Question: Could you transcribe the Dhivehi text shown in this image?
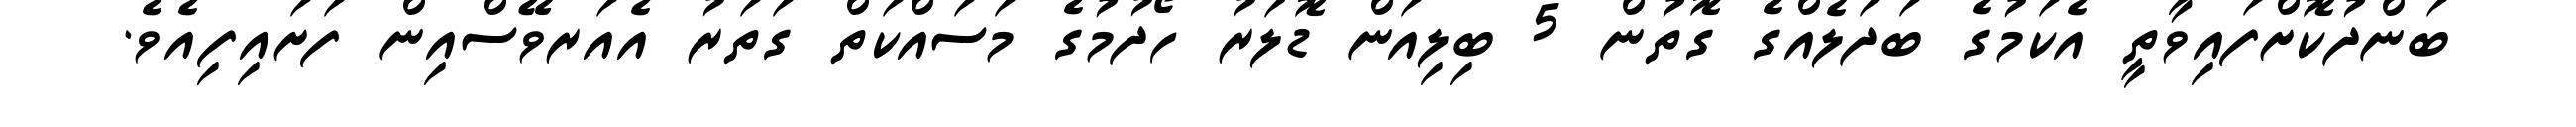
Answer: ބަންދުކޮށްފައިވާތީ އެކަމުގެ ބަދަލެއްގެ ގޮތުން 5 ބިލިއަން ޑޮލަރު ހޯދުމުގެ މަސައްކަތް ގަތަރު އެއަރވޭސްއިން ފަށައިފިއެވެ.